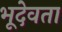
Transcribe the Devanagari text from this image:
भूदेवता